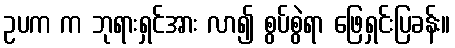
ဥပက က ဘုရားရှင်အား လာ၍ စွပ်စွဲရာ ဖြေရှင်းပြခန်း။